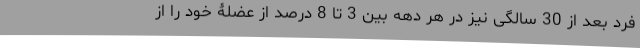
فرد بعد از 30 سالگی نیز در هر دهه بین 3 تا 8 درصد از عضلۀ خود را از